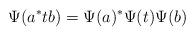
LaTeX: \begin{align*}\Psi(a^* t b)=\Psi(a)^* \Psi(t) \Psi(b)\end{align*}